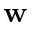
\mathbf { w }